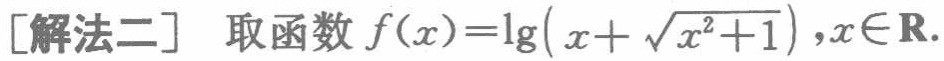
[解法二] 取函数 \(f(x)=\lg(x + \sqrt{x^{2}+1}),x\in\mathbf{R}\).